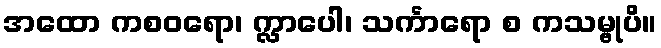
အထော ကစဝရော၊ က္လာပေါ၊ သင်္ကာရော စ ကသမ္ဗုပိ။